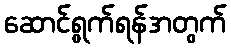
ဆောင်ရွက်ရန်အတွက်